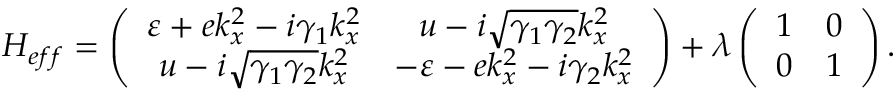
H _ { e f f } = \left( \begin{array} { c c } { \varepsilon + e k _ { x } ^ { 2 } - i \gamma _ { 1 } k _ { x } ^ { 2 } } & { u - i \sqrt { \gamma _ { 1 } \gamma _ { 2 } } k _ { x } ^ { 2 } } \\ { u - i \sqrt { \gamma _ { 1 } \gamma _ { 2 } } k _ { x } ^ { 2 } } & { - \varepsilon - e k _ { x } ^ { 2 } - i \gamma _ { 2 } k _ { x } ^ { 2 } } \end{array} \right) + \lambda \left( \begin{array} { c c } { 1 } & { 0 } \\ { 0 } & { 1 } \end{array} \right) .